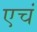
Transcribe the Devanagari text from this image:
एचं